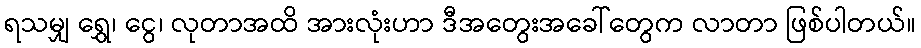
ရသမျှ ရွှေ၊ ငွေ၊ လုတာအထိ အားလုံးဟာ ဒီအတွေးအခေါ်တွေက လာတာ ဖြစ်ပါတယ်။